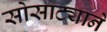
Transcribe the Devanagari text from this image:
सोसाट्याने